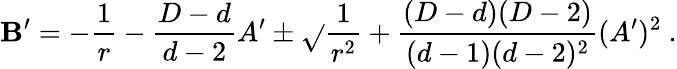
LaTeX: \mathbf{B}^{\prime}=-{\frac{{1}}{{r}}}-{\frac{{D-d}}{{d-2}}}A^{\prime}\pm\sqrt{}{{{\frac{{1}}{{r^{2}}}}+{\frac{{(D-d)(D-2)}}{{(d-1)(d-2)^{2}}}}(A^{\prime})^{2}}}~.